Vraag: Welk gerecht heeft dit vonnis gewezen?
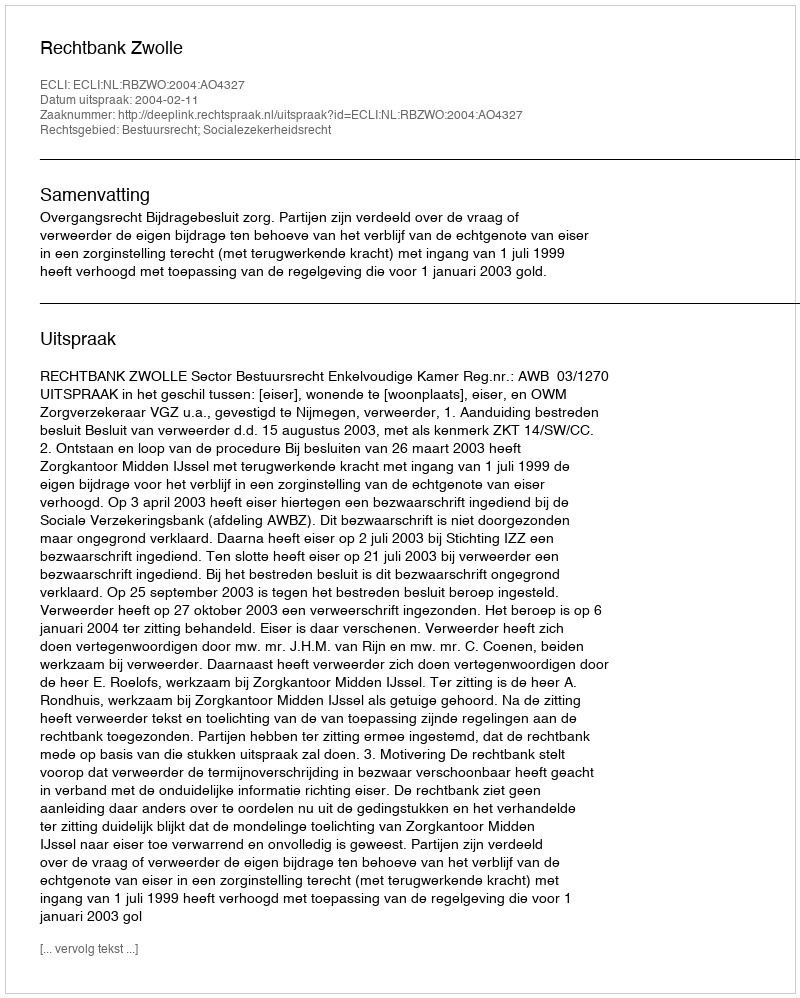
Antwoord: Rechtbank Zwolle